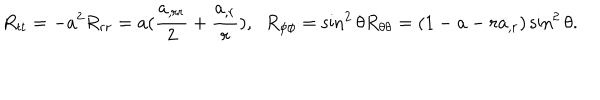
LaTeX: R _ { t t } = - a ^ { 2 } R _ { r r } = a ( \frac { a _ { , r r } } { 2 } + \frac { a _ { , r } } { r } ) , \; \; R _ { \phi \phi } = \sin ^ { 2 } \theta R _ { \theta \theta } = ( 1 - a - r a _ { , r } ) \sin ^ { 2 } \theta .